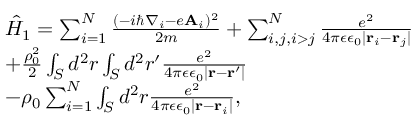
\begin{array} { l } { \hat { H } _ { 1 } = \sum _ { i = 1 } ^ { N } \frac { ( - i \hbar \nabla _ { i } - e \mathbf { A } _ { i } ) ^ { 2 } } { 2 m } + \sum _ { i , j , i > j } ^ { N } \frac { e ^ { 2 } } { 4 \pi \epsilon \epsilon _ { 0 } | \mathbf { r } _ { i } - \mathbf { r } _ { j } | } } \\ { + \frac { \rho _ { 0 } ^ { 2 } } { 2 } \int _ { S } d ^ { 2 } r \int _ { S } d ^ { 2 } r ^ { \prime } \frac { e ^ { 2 } } { 4 \pi \epsilon \epsilon _ { 0 } | \mathbf { r } - \mathbf { r ^ { \prime } } | } } \\ { - \rho _ { 0 } \sum _ { i = 1 } ^ { N } \int _ { S } d ^ { 2 } r \frac { e ^ { 2 } } { 4 \pi \epsilon \epsilon _ { 0 } | \mathbf { r } - \mathbf { r } _ { i } | } , } \end{array}